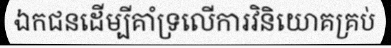
ឯកជនដើម្បីគាំទ្រលើការវិនិយោគគ្រប់